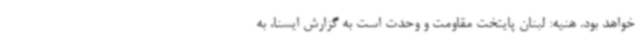
خواهد بود. هنیه: لبنان پایتخت مقاومت و وحدت است به گزارش ایسنا، به